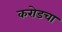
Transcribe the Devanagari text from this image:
करोडचा